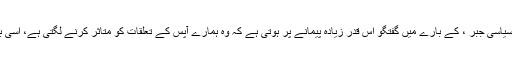
آج کے دور میں سیاست، آزادی رائے اور سیاسی جبر ، کے بارے میں گفتگو اس قدر زیادہ پیمانے پر ہوتی ہے کہ وہ ہمارے آپس کے تعلقات کو متاثر کرنے لگتی ہے، اسی بات کو شفق نے اس ناول کی تھیم بنایا ہے۔